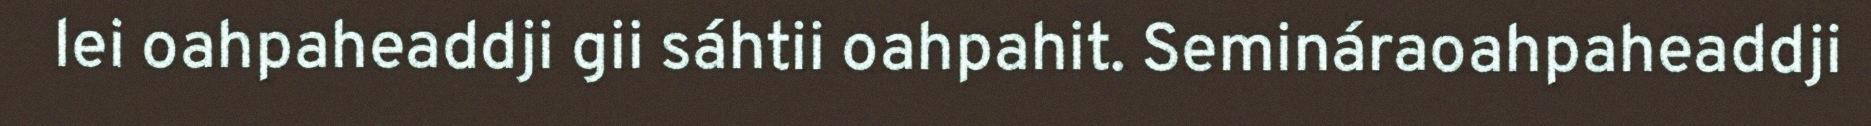
lei oahpaheaddji gii sáhtii oahpahit. Semináraoahpaheaddji